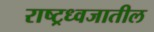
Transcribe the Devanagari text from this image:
राष्ट्रध्वजातील